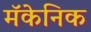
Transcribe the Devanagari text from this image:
मॅकेनिक